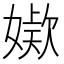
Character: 𭒖